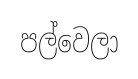
පල්වෙලා